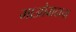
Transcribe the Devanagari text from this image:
माओवादाचा